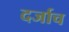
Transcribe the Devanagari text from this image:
दर्जाच